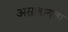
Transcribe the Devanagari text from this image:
असाहायता